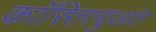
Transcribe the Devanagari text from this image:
काँस्तित्युअंत